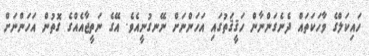
ހައިކަލްގެ ވާހަކަތައް ދެނެގަންނާން ހަޤީޤަތުގައި އަހަންނަށް ނޭނގުނީއެވެ. އޭގެ ނަތީޖާއެއްގެ ގޮތުން އަހަންނަށް